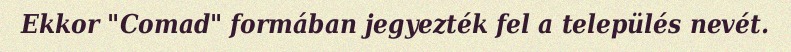
Ekkor "Comad" formában jegyezték fel a település nevét.